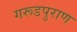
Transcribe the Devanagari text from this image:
गरूडपुराण